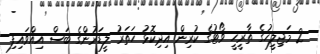
2 މަޖިލީހުގެ ތާރީހީ ވޯޓުގެ ކުރިން އިދިކޮޅު ހަތަރު ލީޑަރުންގެ ބަސް އިއްވައިފި